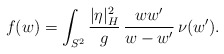
\begin{align*} f(w)=\int_{S^2}\frac{|\eta|_H^2}g\,\frac{ww'}{w-w'}\,\nu(w').\end{align*}